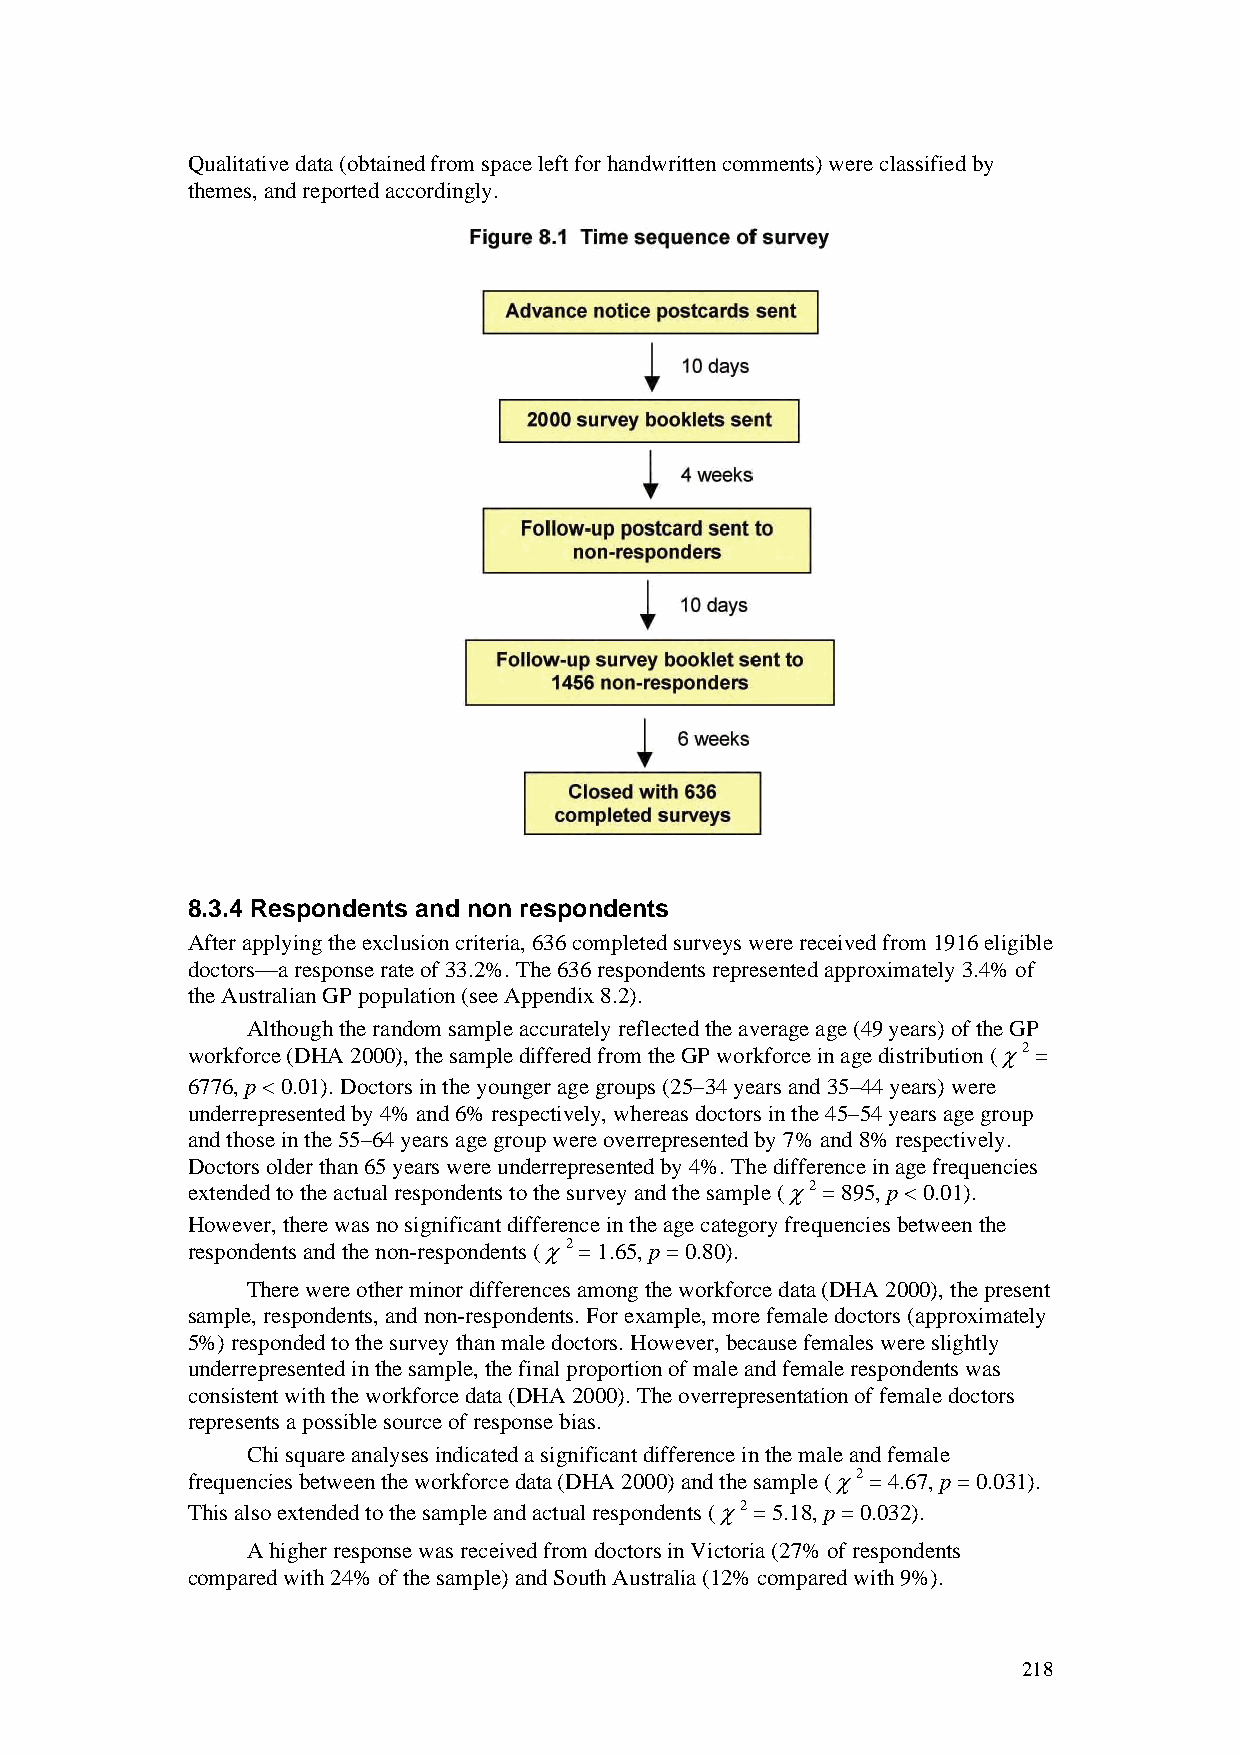
Qualitative data (obtained from space left for handwritten comments) were classified by
 themes, and reported accordingly.
 8.3.4 Respondents and non respondents
 After applying the exclusion criteria, 636 completed surveys were received from 1916 eligible
 doctors—a response rate of 33.2%. The 636 respondents represented approximately 3.4% of
 the Australian GP population (see Appendix 8.2).
 Although the random sample accurately reflected the average age (49 years) of the GP
 workforce (DHA 2000), the sample differed from the GP workforce in age distribution (χ2 =
 6776, p < 0.01). Doctors in the younger age groups (25–34 years and 35–44 years) were
 underrepresented by 4% and 6% respectively, whereas doctors in the 45–54 years age group
 and those in the 55–64 years age group were overrepresented by 7% and 8% respectively.
 Doctors older than 65 years were underrepresented by 4%. The difference in age frequencies
 extended to the actual respondents to the survey and the sample (χ2 = 895, p < 0.01).
 However, there was no significant difference in the age category frequencies between the
 respondents and the non-respondents (χ2 = 1.65, p = 0.80).
 There were other minor differences among the workforce data (DHA 2000), the present
 sample, respondents, and non-respondents. For example, more female doctors (approximately
 5%) responded to the survey than male doctors. However, because females were slightly
 underrepresented in the sample, the final proportion of male and female respondents was
 consistent with the workforce data (DHA 2000). The overrepresentation of female doctors
 represents a possible source of response bias.
 Chi square analyses indicated a significant difference in the male and female
 frequencies between the workforce data (DHA 2000) and the sample (χ2 = 4.67, p = 0.031).
 This also extended to the sample and actual respondents (χ2 = 5.18, p = 0.032).
 A higher response was received from doctors in Victoria (27% of respondents
 compared with 24% of the sample) and South Australia (12% compared with 9%).
 218